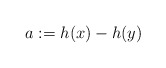
\begin{align*}a:=h(x)-h(y)\end{align*}